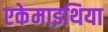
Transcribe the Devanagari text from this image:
एकेमाइथिया